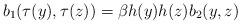
LaTeX: \begin{align*}b_1(\tau(y),\tau(z)) &= \beta h(y)h(z) b_2(y,z)\end{align*}